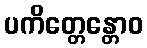
ပကိတ္တေန္တောဝ